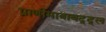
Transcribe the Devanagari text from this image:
प्राणीमात्राबद्द्ल